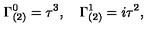
\Gamma _ { ( 2 ) } ^ { 0 } = \tau ^ { 3 } , \quad \Gamma _ { ( 2 ) } ^ { 1 } = i \tau ^ { 2 } ,